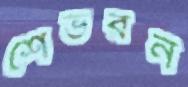
শেভরন